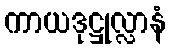
ကာယဒုဋ္ဌုလ္လာနံ